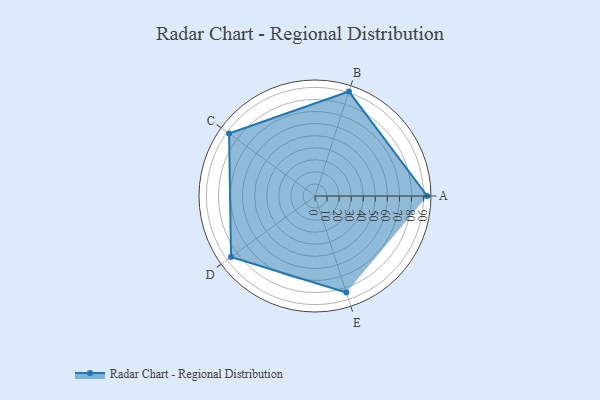
{"axis": {"x": "Skill", "y": "Score"}, "legend": ["Profile"], "data": [{"x": "A", "y": 93.0, "type": "Profile"}, {"x": "B", "y": 91.0, "type": "Profile"}, {"x": "C", "y": 88.0, "type": "Profile"}, {"x": "D", "y": 86.0, "type": "Profile"}, {"x": "E", "y": 84.0, "type": "Profile"}]}